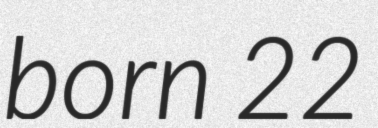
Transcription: born 22